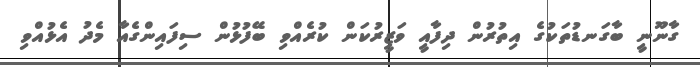
ގާނޫނީ ބާގަނޑުތަކުގެ އިތުރުން ދިފާއީ ވަޒީރުކަން ކުރެއްވި ބޭފުޅުން ސިފައިންގެއާ މެދު އެޅުއްވި